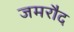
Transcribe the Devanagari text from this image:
जमरौद